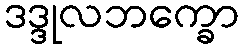
ဒဒ္ဒုလဘက္ခော